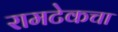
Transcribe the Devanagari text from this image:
रामटेकचा